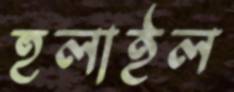
হুলাইল